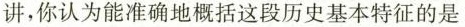
讲，你认为能准确地概括这段历史基本特征的是